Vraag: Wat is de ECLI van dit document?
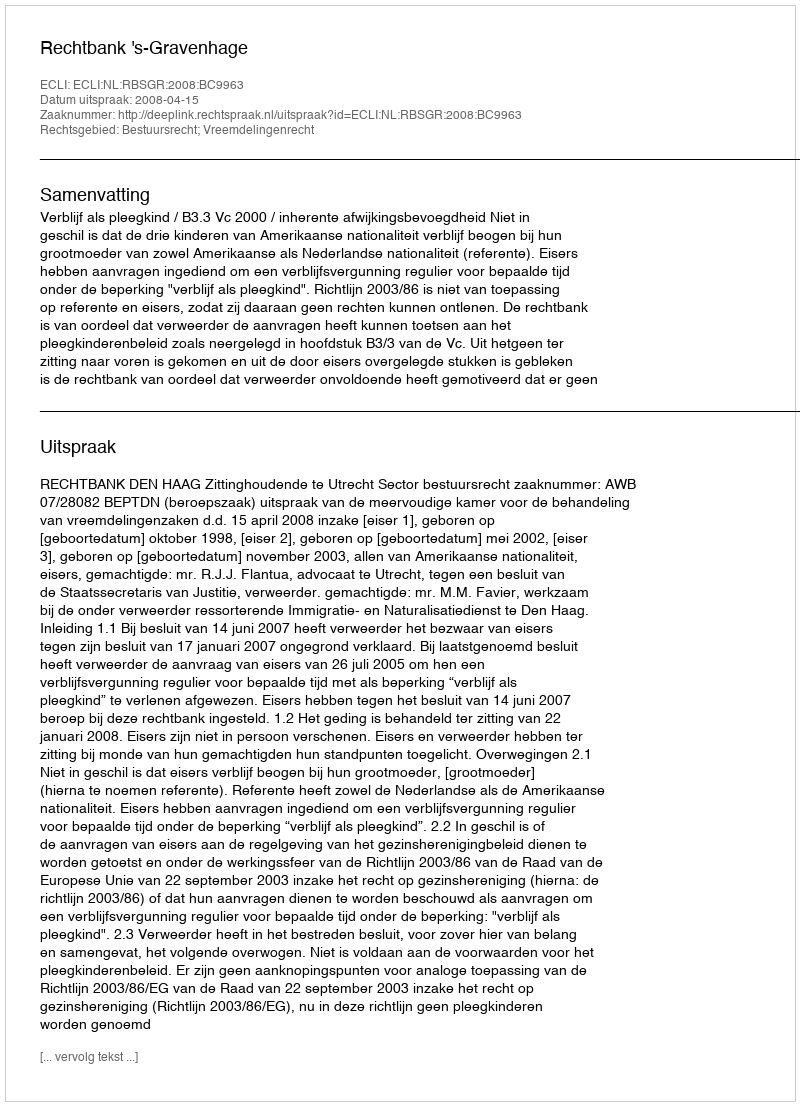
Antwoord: ECLI:NL:RBSGR:2008:BC9963